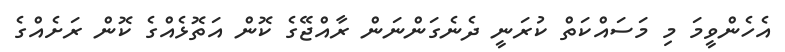
އެހެންވީމަ މި މަސައްކަތް ކުރަނީ ދެނެގަންނަން ރާއްޖޭގެ ކޮން އަތޮޅެއްގެ ކޮން ރަށެއްގެ